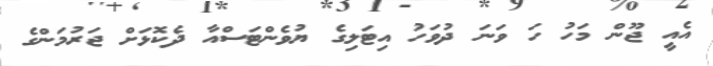
އެއީ ޖޫން މަހު ހަ ވަނަ ދުވަހު އިޓަލިގެ ޔުވެންޓަސްއާ ދެކޮޅަށް ޖަރުމަންގެ